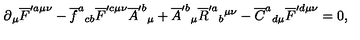
\partial { } _ { \mu } \overline { { F } } ^ { \prime a \mu \nu } - \overline { { f } } ^ { a } { } _ { c b } \overline { { F } } ^ { \prime c \mu \nu } \overline { { A } } ^ { \prime b } { } _ { \mu } { } + \overline { { A } } ^ { \prime b } { } _ { \mu } \overline { { R } } ^ { \prime a } { } _ { b } { } ^ { \mu \nu } - \overline { { C } } ^ { a } { } _ { d \mu } \overline { { F } } ^ { \prime d \mu \nu } = 0 ,